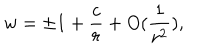
w = \pm 1 + \frac { c } { r } + O ( \frac { 1 } { r ^ { 2 } } ) ,